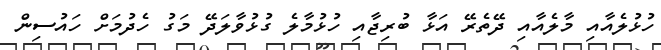
ހުޅުލެއާއި މާލެއާއި ދޭތެރޭ އަޅާ ބުރިޖާއި ހުޅުމާލެ ގުޅުވާލަދޭ މަގު ހެދުމަށް ހައުސިން